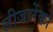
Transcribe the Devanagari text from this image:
लीजारेंको